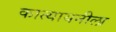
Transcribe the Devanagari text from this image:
कात्यायनीला